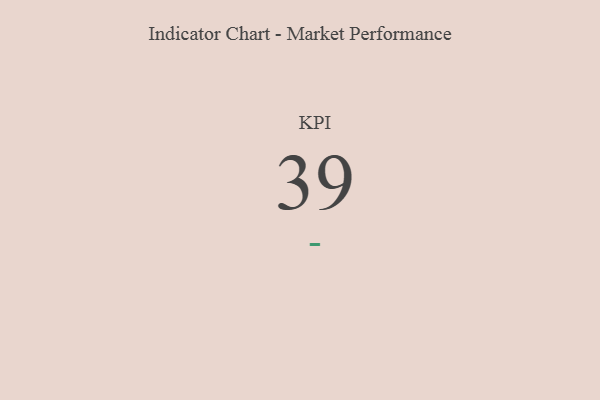
{"axis": {"x": "KPI", "y": "Value"}, "legend": [""], "data": [{"x": "KPI", "y": 39, "type": ""}]}